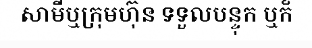
សាមីឬក្រុមហ៊ុន ទទួលបន្ទុក ឬក៏